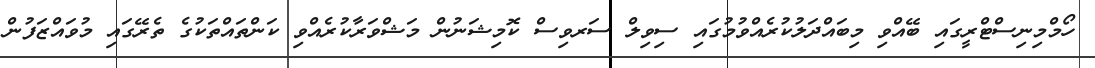
ހޯމްމިނިސްޓްރީގައި ބޭއްވި މިބައްދަލުކުރެއްވުމުގައި ސިވިލް ސަރވިސް ކޮމިޝަނުން މަޝްވަރާކުރެއްވި ކަންތައްތަކުގެ ތެރޭގައި މުވައްޒަފުން